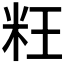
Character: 𰪬